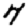
Digit: 7